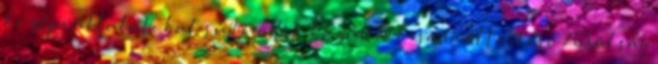
középvállalatokat sújtó adók közül 10 kisadó eltörlése 26 Válság